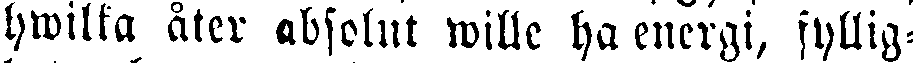
hwilka åter absolut wille ha energi, fyllig-